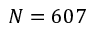
N = 6 0 7